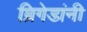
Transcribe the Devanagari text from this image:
ब्रिगेडांनी